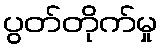
ပွတ်တိုက်မှု